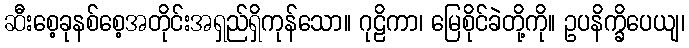
ဆီးစေ့ခုနစ်စေ့အတိုင်းအရှည်ရှိကုန်သော။ ဂုဠိကာ၊ မြေစိုင်ခဲတို့ကို။ ဥပနိက္ခိပေယျ၊